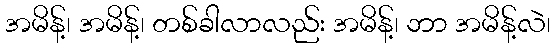
အမိန့်၊ အမိန့်၊ တစ်ခါလာလည်း အမိန့်၊ ဘာ အမိန့်လဲ၊